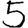
Digit: 5